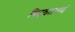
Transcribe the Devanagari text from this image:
विट्‍ठलभाई